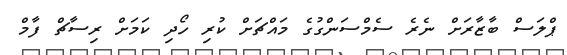
ޕްލަސް ބާޒާރަށް ނެރެ ސެމްސަންގުގެ މައްޗަށް ކުރި ހޯދި ކަމަށް ރިސާޗް ފާމް